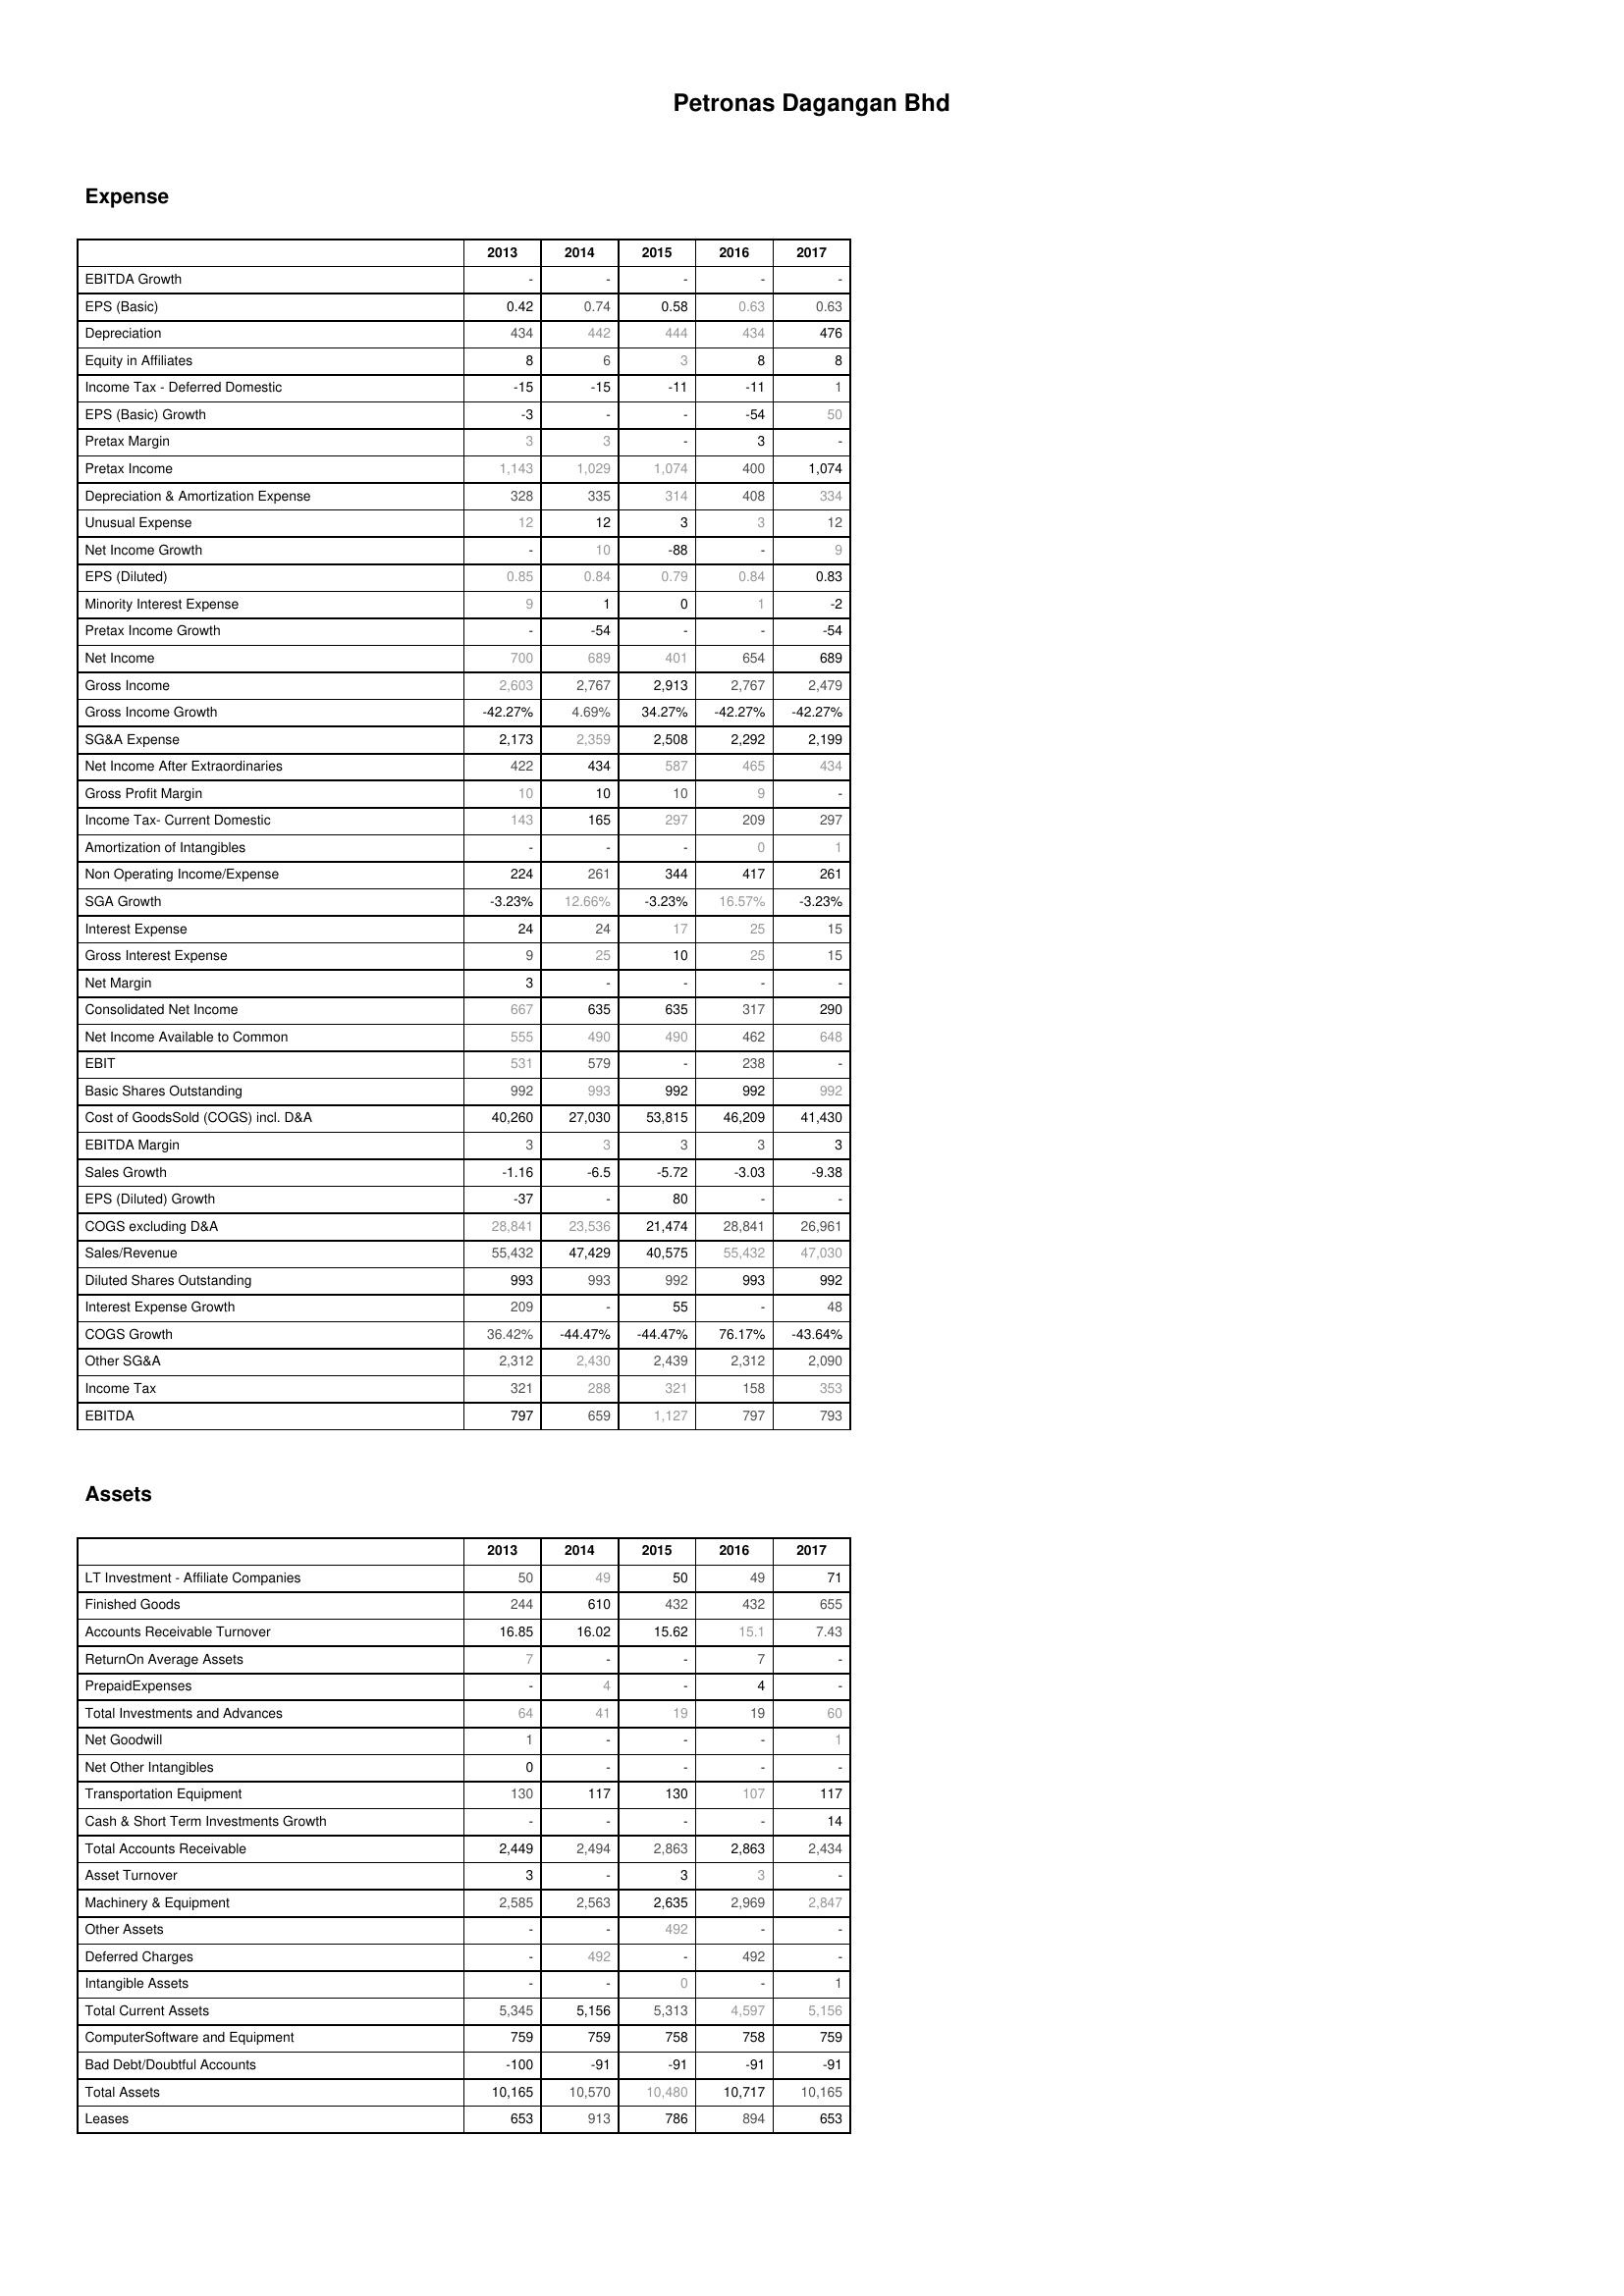
2013: Expense: EBITDA Growth: -
EPS (Basic): 0.42
Depreciation: 434
Equity in Affiliates: 8
Income Tax - Deferred Domestic: -15
EPS (Basic) Growth: -3
Pretax Margin: 3
Pretax Income: 1,143
Depreciation & Amortization Expense: 328
Unusual Expense: 12
Net Income Growth: -
EPS (Diluted): 0.85
Minority Interest Expense: 9
Pretax Income Growth: -
Net Income: 700
Gross Income: 2,603
Gross Income Growth: -42.27%
SG&A Expense: 2,173
Net Income After Extraordinaries: 422
Gross Profit Margin: 10
Income Tax- Current Domestic: 143
Amortization of Intangibles: -
Non Operating Income/Expense: 224
SGA Growth: -3.23%
Interest Expense: 24
Gross Interest Expense: 9
Net Margin: 3
Consolidated Net Income: 667
Net Income Available to Common: 555
EBIT: 531
Basic Shares Outstanding: 992
Cost of GoodsSold (COGS) incl. D&A: 40,260
EBITDA Margin: 3
Sales Growth: -1.16
EPS (Diluted) Growth: -37
COGS excluding D&A: 28,841
Sales/Revenue: 55,432
Diluted Shares Outstanding: 993
Interest Expense Growth: 209
COGS Growth: 36.42%
Other SG&A: 2,312
Income Tax: 321
EBITDA: 797
Assets: LT Investment - Affiliate Companies: 50
Finished Goods: 244
Accounts Receivable Turnover: 16.85
ReturnOn Average Assets: 7
PrepaidExpenses: -
Total Investments and Advances: 64
Net Goodwill: 1
Net Other Intangibles: 0
Transportation Equipment: 130
Cash & Short Term Investments Growth: -
Total Accounts Receivable: 2,449
Asset Turnover: 3
Machinery & Equipment: 2,585
Other Assets: -
Deferred Charges: -
Intangible Assets: -
Total Current Assets: 5,345
ComputerSoftware and Equipment: 759
Bad Debt/Doubtful Accounts: -100
Total Assets: 10,165
Leases: 653
2014: Expense: EBITDA Growth: -
EPS (Basic): 0.74
Depreciation: 442
Equity in Affiliates: 6
Income Tax - Deferred Domestic: -15
EPS (Basic) Growth: -
Pretax Margin: 3
Pretax Income: 1,029
Depreciation & Amortization Expense: 335
Unusual Expense: 12
Net Income Growth: 10
EPS (Diluted): 0.84
Minority Interest Expense: 1
Pretax Income Growth: -54
Net Income: 689
Gross Income: 2,767
Gross Income Growth: 4.69%
SG&A Expense: 2,359
Net Income After Extraordinaries: 434
Gross Profit Margin: 10
Income Tax- Current Domestic: 165
Amortization of Intangibles: -
Non Operating Income/Expense: 261
SGA Growth: 12.66%
Interest Expense: 24
Gross Interest Expense: 25
Net Margin: -
Consolidated Net Income: 635
Net Income Available to Common: 490
EBIT: 579
Basic Shares Outstanding: 993
Cost of GoodsSold (COGS) incl. D&A: 27,030
EBITDA Margin: 3
Sales Growth: -6.5
EPS (Diluted) Growth: -
COGS excluding D&A: 23,536
Sales/Revenue: 47,429
Diluted Shares Outstanding: 993
Interest Expense Growth: -
COGS Growth: -44.47%
Other SG&A: 2,430
Income Tax: 288
EBITDA: 659
Assets: LT Investment - Affiliate Companies: 49
Finished Goods: 610
Accounts Receivable Turnover: 16.02
ReturnOn Average Assets: -
PrepaidExpenses: 4
Total Investments and Advances: 41
Net Goodwill: -
Net Other Intangibles: -
Transportation Equipment: 117
Cash & Short Term Investments Growth: -
Total Accounts Receivable: 2,494
Asset Turnover: -
Machinery & Equipment: 2,563
Other Assets: -
Deferred Charges: 492
Intangible Assets: -
Total Current Assets: 5,156
ComputerSoftware and Equipment: 759
Bad Debt/Doubtful Accounts: -91
Total Assets: 10,570
Leases: 913
2015: Expense: EBITDA Growth: -
EPS (Basic): 0.58
Depreciation: 444
Equity in Affiliates: 3
Income Tax - Deferred Domestic: -11
EPS (Basic) Growth: -
Pretax Margin: -
Pretax Income: 1,074
Depreciation & Amortization Expense: 314
Unusual Expense: 3
Net Income Growth: -88
EPS (Diluted): 0.79
Minority Interest Expense: 0
Pretax Income Growth: -
Net Income: 401
Gross Income: 2,913
Gross Income Growth: 34.27%
SG&A Expense: 2,508
Net Income After Extraordinaries: 587
Gross Profit Margin: 10
Income Tax- Current Domestic: 297
Amortization of Intangibles: -
Non Operating Income/Expense: 344
SGA Growth: -3.23%
Interest Expense: 17
Gross Interest Expense: 10
Net Margin: -
Consolidated Net Income: 635
Net Income Available to Common: 490
EBIT: -
Basic Shares Outstanding: 992
Cost of GoodsSold (COGS) incl. D&A: 53,815
EBITDA Margin: 3
Sales Growth: -5.72
EPS (Diluted) Growth: 80
COGS excluding D&A: 21,474
Sales/Revenue: 40,575
Diluted Shares Outstanding: 992
Interest Expense Growth: 55
COGS Growth: -44.47%
Other SG&A: 2,439
Income Tax: 321
EBITDA: 1,127
Assets: LT Investment - Affiliate Companies: 50
Finished Goods: 432
Accounts Receivable Turnover: 15.62
ReturnOn Average Assets: -
PrepaidExpenses: -
Total Investments and Advances: 19
Net Goodwill: -
Net Other Intangibles: -
Transportation Equipment: 130
Cash & Short Term Investments Growth: -
Total Accounts Receivable: 2,863
Asset Turnover: 3
Machinery & Equipment: 2,635
Other Assets: 492
Deferred Charges: -
Intangible Assets: 0
Total Current Assets: 5,313
ComputerSoftware and Equipment: 758
Bad Debt/Doubtful Accounts: -91
Total Assets: 10,480
Leases: 786
2016: Expense: EBITDA Growth: -
EPS (Basic): 0.63
Depreciation: 434
Equity in Affiliates: 8
Income Tax - Deferred Domestic: -11
EPS (Basic) Growth: -54
Pretax Margin: 3
Pretax Income: 400
Depreciation & Amortization Expense: 408
Unusual Expense: 3
Net Income Growth: -
EPS (Diluted): 0.84
Minority Interest Expense: 1
Pretax Income Growth: -
Net Income: 654
Gross Income: 2,767
Gross Income Growth: -42.27%
SG&A Expense: 2,292
Net Income After Extraordinaries: 465
Gross Profit Margin: 9
Income Tax- Current Domestic: 209
Amortization of Intangibles: 0
Non Operating Income/Expense: 417
SGA Growth: 16.57%
Interest Expense: 25
Gross Interest Expense: 25
Net Margin: -
Consolidated Net Income: 317
Net Income Available to Common: 462
EBIT: 238
Basic Shares Outstanding: 992
Cost of GoodsSold (COGS) incl. D&A: 46,209
EBITDA Margin: 3
Sales Growth: -3.03
EPS (Diluted) Growth: -
COGS excluding D&A: 28,841
Sales/Revenue: 55,432
Diluted Shares Outstanding: 993
Interest Expense Growth: -
COGS Growth: 76.17%
Other SG&A: 2,312
Income Tax: 158
EBITDA: 797
Assets: LT Investment - Affiliate Companies: 49
Finished Goods: 432
Accounts Receivable Turnover: 15.1
ReturnOn Average Assets: 7
PrepaidExpenses: 4
Total Investments and Advances: 19
Net Goodwill: -
Net Other Intangibles: -
Transportation Equipment: 107
Cash & Short Term Investments Growth: -
Total Accounts Receivable: 2,863
Asset Turnover: 3
Machinery & Equipment: 2,969
Other Assets: -
Deferred Charges: 492
Intangible Assets: -
Total Current Assets: 4,597
ComputerSoftware and Equipment: 758
Bad Debt/Doubtful Accounts: -91
Total Assets: 10,717
Leases: 894
2017: Expense: EBITDA Growth: -
EPS (Basic): 0.63
Depreciation: 476
Equity in Affiliates: 8
Income Tax - Deferred Domestic: 1
EPS (Basic) Growth: 50
Pretax Margin: -
Pretax Income: 1,074
Depreciation & Amortization Expense: 334
Unusual Expense: 12
Net Income Growth: 9
EPS (Diluted): 0.83
Minority Interest Expense: -2
Pretax Income Growth: -54
Net Income: 689
Gross Income: 2,479
Gross Income Growth: -42.27%
SG&A Expense: 2,199
Net Income After Extraordinaries: 434
Gross Profit Margin: -
Income Tax- Current Domestic: 297
Amortization of Intangibles: 1
Non Operating Income/Expense: 261
SGA Growth: -3.23%
Interest Expense: 15
Gross Interest Expense: 15
Net Margin: -
Consolidated Net Income: 290
Net Income Available to Common: 648
EBIT: -
Basic Shares Outstanding: 992
Cost of GoodsSold (COGS) incl. D&A: 41,430
EBITDA Margin: 3
Sales Growth: -9.38
EPS (Diluted) Growth: -
COGS excluding D&A: 26,961
Sales/Revenue: 47,030
Diluted Shares Outstanding: 992
Interest Expense Growth: 48
COGS Growth: -43.64%
Other SG&A: 2,090
Income Tax: 353
EBITDA: 793
Assets: LT Investment - Affiliate Companies: 71
Finished Goods: 655
Accounts Receivable Turnover: 7.43
ReturnOn Average Assets: -
PrepaidExpenses: -
Total Investments and Advances: 60
Net Goodwill: 1
Net Other Intangibles: -
Transportation Equipment: 117
Cash & Short Term Investments Growth: 14
Total Accounts Receivable: 2,434
Asset Turnover: -
Machinery & Equipment: 2,847
Other Assets: -
Deferred Charges: -
Intangible Assets: 1
Total Current Assets: 5,156
ComputerSoftware and Equipment: 759
Bad Debt/Doubtful Accounts: -91
Total Assets: 10,165
Leases: 653